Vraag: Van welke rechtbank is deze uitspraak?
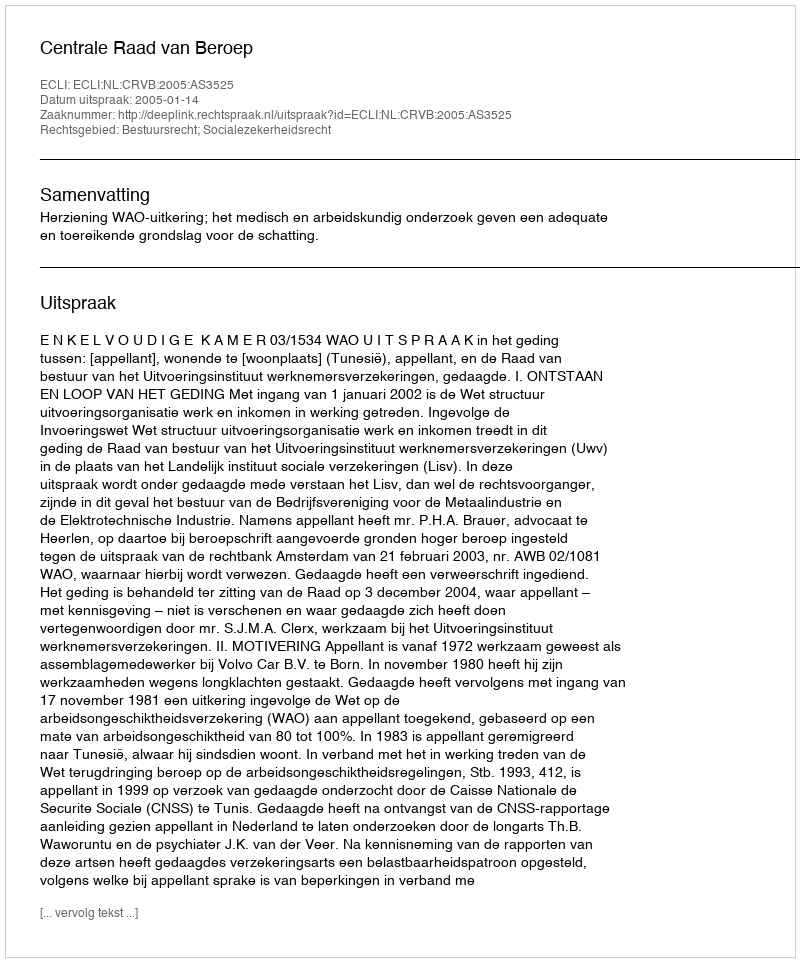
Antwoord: Centrale Raad van Beroep